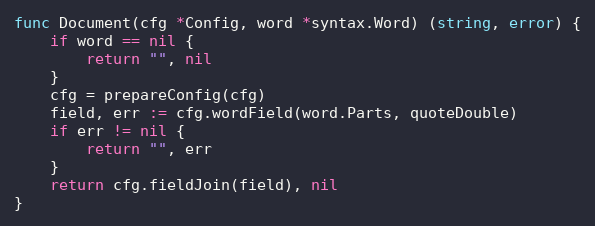
Language: Go
func Document(cfg *Config, word *syntax.Word) (string, error) {
	if word == nil {
		return "", nil
	}
	cfg = prepareConfig(cfg)
	field, err := cfg.wordField(word.Parts, quoteDouble)
	if err != nil {
		return "", err
	}
	return cfg.fieldJoin(field), nil
}